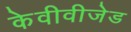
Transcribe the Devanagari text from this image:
केवीवीजेड